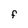
Character: F